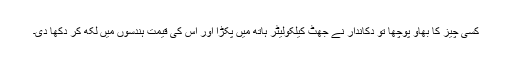
کسی چیز کا بھاؤ پوچھا تو دکاندار نے جھٹ کیلکولیٹر ہاتھ میں پکڑا اور اس کی قیمت ہندسوں میں لکھ کر دکھا دی۔